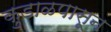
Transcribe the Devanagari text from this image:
कुडाळपासून